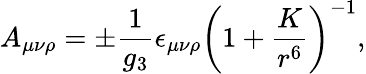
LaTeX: A_{\mu\nu\rho}=\pm{\frac{1}{g_{3}}}\epsilon_{\mu\nu\rho}\left(1+{\frac{K}{r^{6}}}\right)^{-1},